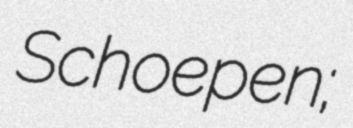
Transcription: Schoepen;